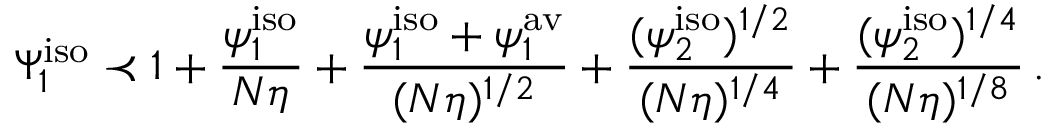
\Psi _ { 1 } ^ { \mathrm { i s o } } \prec 1 + \frac { \psi _ { 1 } ^ { \mathrm { i s o } } } { N \eta } + \frac { \psi _ { 1 } ^ { \mathrm { i s o } } + \psi _ { 1 } ^ { \mathrm { a v } } } { ( N \eta ) ^ { 1 / 2 } } + \frac { ( \psi _ { 2 } ^ { \mathrm { i s o } } ) ^ { 1 / 2 } } { ( N \eta ) ^ { 1 / 4 } } + \frac { ( \psi _ { 2 } ^ { \mathrm { i s o } } ) ^ { 1 / 4 } } { ( N \eta ) ^ { 1 / 8 } } \, .